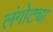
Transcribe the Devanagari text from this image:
लंगोट्या